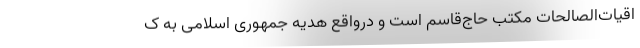
اقیات‌الصالحات مکتب حاج‌قاسم است و درواقع هدیه جمهوری اسلامی به ک